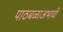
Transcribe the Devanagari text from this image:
पाठबळाअभावी